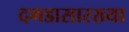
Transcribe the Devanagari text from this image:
दगडासारख्या